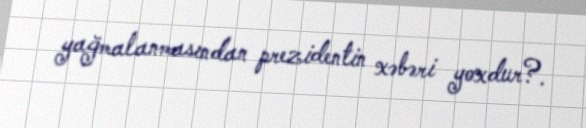
yağmalanmasından prezidentin xəbəri yoxdur?.